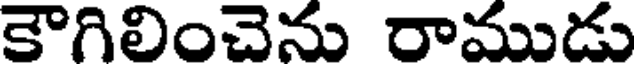
కౌగిలించెను రాముడు